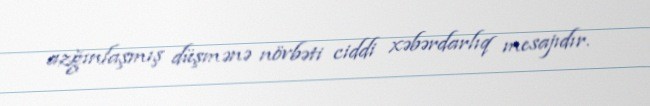
azğınlaşmış düşmənə növbəti ciddi xəbərdarlıq mesajıdır.